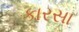
કારસા